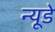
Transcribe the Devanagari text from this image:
न्यूडे